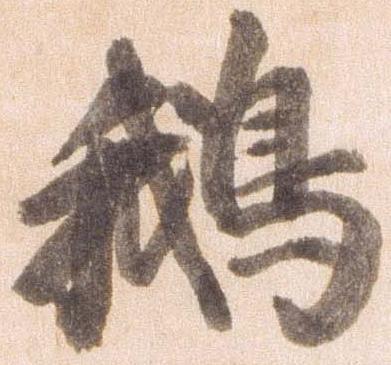
鵝